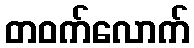
တဝက်လောက်